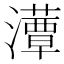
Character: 𤂹